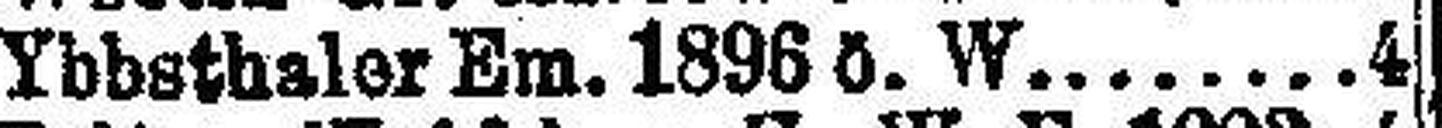
Ybbsthaler Em. 1896 ö. W. 4